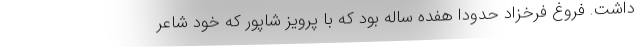
داشت. فروغ فرخزاد حدودا هفده ساله بود که با پرویز شاپور که خود شاعر